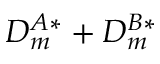
D _ { m } ^ { A * } + D _ { m } ^ { B * }